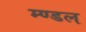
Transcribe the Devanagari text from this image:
म्ण्डल